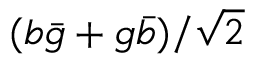
( b { \bar { g } } + g { \bar { b } } ) / { \sqrt { 2 } }